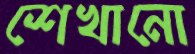
শেখানো